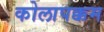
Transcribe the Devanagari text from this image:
कोलापक्कम